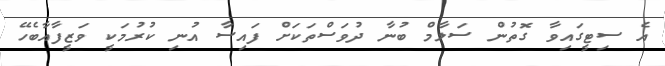
އެ ސިޓީގައިވާ ގޮތުން ސަލާމް ބުނާ ދުވަސްތަކަށް ފައިސާ އުނި ކުރުމަކީ ވަޒީފާއާބެހޭ